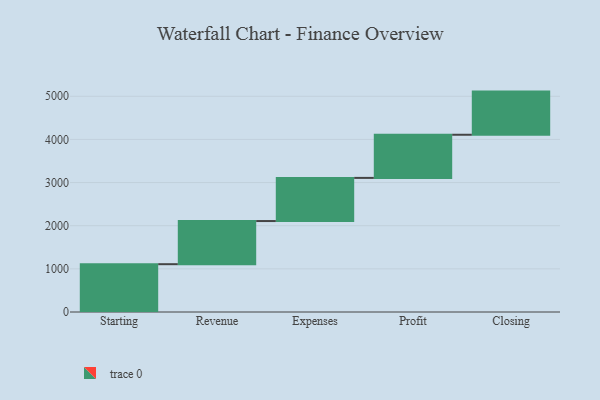
{"axis": {"x": "Step", "y": "Value"}, "legend": [""], "data": [{"x": "Starting", "y": 1108.0, "type": ""}, {"x": "Revenue", "y": 1000, "type": ""}, {"x": "Expenses", "y": 1000, "type": ""}, {"x": "Profit", "y": 1000, "type": ""}, {"x": "Closing", "y": 1000, "type": ""}]}